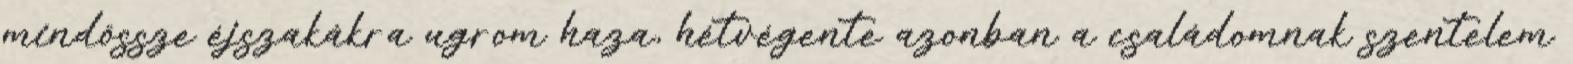
mindössze éjszakákra ugrom haza, hétvégente azonban a családomnak szentelem